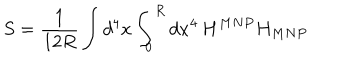
S = \frac { 1 } { 1 2 R } \int d ^ { 4 } x \int _ { 0 } ^ { R } d x ^ { 4 } \, H ^ { M N P } H _ { M N P }